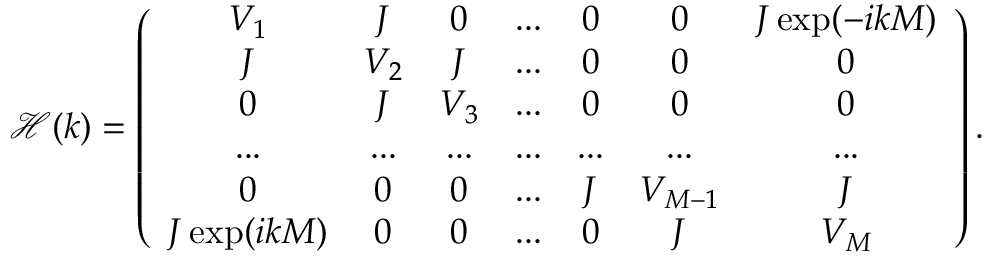
\mathcal { H } ( k ) = \left( \begin{array} { c c c c c c c } { V _ { 1 } } & { J } & { 0 } & { . . . } & { 0 } & { 0 } & { J \exp ( - i k M ) } \\ { J } & { V _ { 2 } } & { J } & { . . . } & { 0 } & { 0 } & { 0 } \\ { 0 } & { J } & { V _ { 3 } } & { . . . } & { 0 } & { 0 } & { 0 } \\ { . . . } & { . . . } & { . . . } & { . . . } & { . . . } & { . . . } & { . . . } \\ { 0 } & { 0 } & { 0 } & { . . . } & { J } & { V _ { M - 1 } } & { J } \\ { J \exp ( i k M ) } & { 0 } & { 0 } & { . . . } & { 0 } & { J } & { V _ { M } } \end{array} \right) .